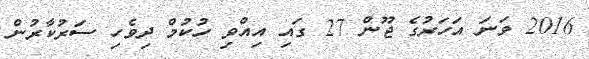
2016 ވަނަ އަހަރުގެ ޖޫން 27 ގައި އިއްވި ހުކުމް ދިވެހި ސަރުކާރުން